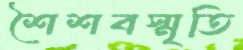
শৈশবস্মৃতি